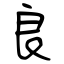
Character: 良